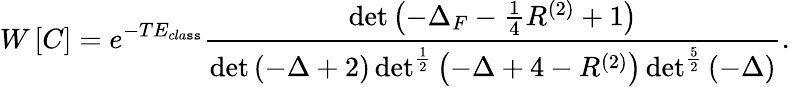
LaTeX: W\left[C\right]=e^{-TE_{cla\mathtt{s}\mathtt{s}}}\frac{{\operatorname*{det}\left(-\Delta_{F}-\frac{{1}}{{4}}R^{(2)}+1\right)}}{{\operatorname*{det}\left(-\Delta+2\right)\operatorname*{det}^{\frac{{1}}{{2}}}\left(-\Delta+4-R^{(2)}\right)\operatorname*{det}^{\frac{{5}}{{2}}}\left(-\Delta\right)}}.